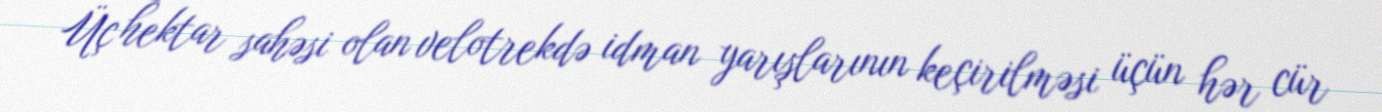
Üç hektar sahəsi olan velotrekdə idman yarışlarının keçirilməsi üçün hər cür